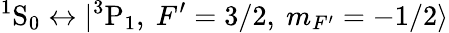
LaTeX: {^1}\mathrm{S}_{0}\leftrightarrow|{^3}\mathrm{P}_{1},~F^{\prime}=3/2,~m_{F^{\prime}}=-1/2\rangle